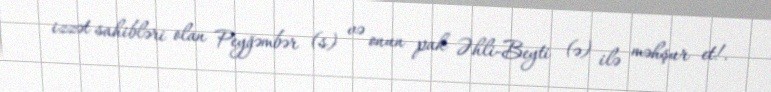
izzət sahibləri olan Peyğəmbər (s) və onun pak Əhli-Beyti (ə) ilə məhşur et!.